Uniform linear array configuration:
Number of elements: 64
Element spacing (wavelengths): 0.75
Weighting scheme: cosine
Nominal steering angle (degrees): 0
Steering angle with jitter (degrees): -1.689
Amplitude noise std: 0.05
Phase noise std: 0.05

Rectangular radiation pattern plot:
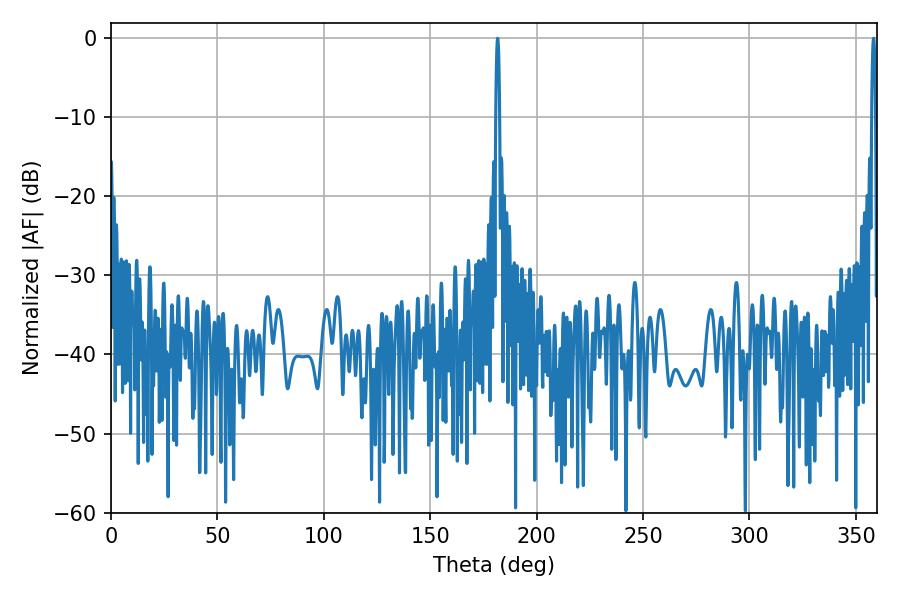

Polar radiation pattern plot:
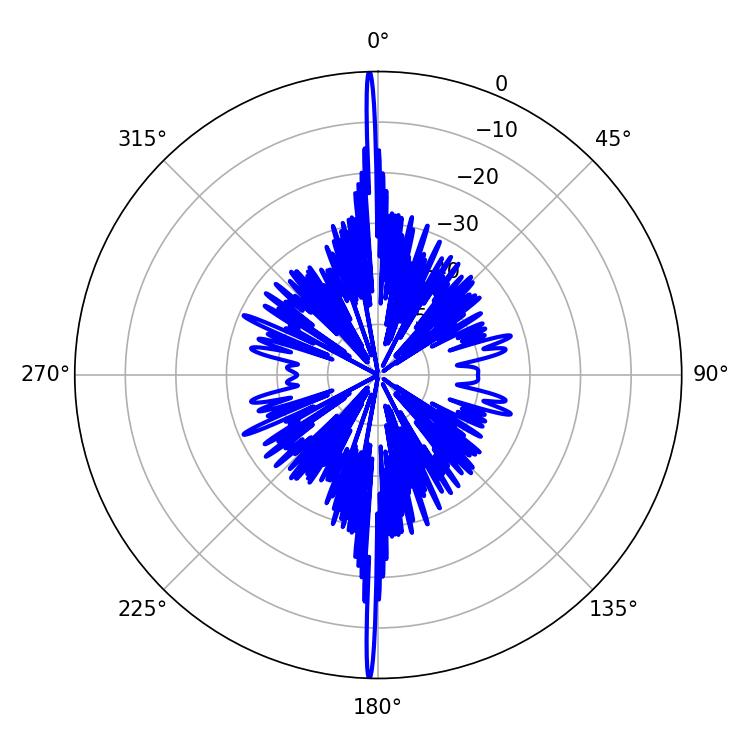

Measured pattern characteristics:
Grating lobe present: TRUE
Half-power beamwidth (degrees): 0.9
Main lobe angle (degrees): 358.38